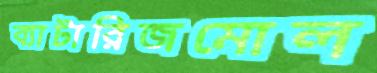
ব্যাটারিজমোল